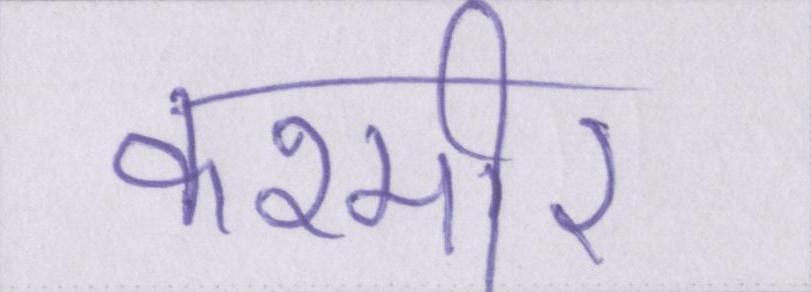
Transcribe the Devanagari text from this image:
कश्मीर